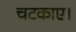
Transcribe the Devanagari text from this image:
चटकाए।